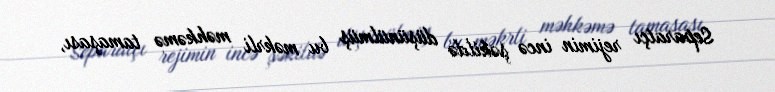
Separatçı rejimin incə şəkildə düşünülmüş bu məkrli məhkəmə tamaşası,